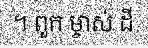
។ ពួក ម្ចាស់ ដី